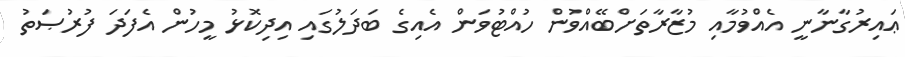
ޢައިރުގާނާނީ އެއްވުމާއި މުޒާރާތަށްބޭއްވުން ހުއްޓުވަން އެއިގެ ބަދަލުގައި އިދިކޮޅު މީހުން އެފަދަ ފުރުޞަތު